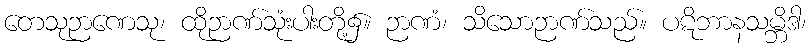
တေသုဉာဏေသု၊ ထိုဉာဏ်သုံးပါးတို့၌။ ဉာဏံ၊ သိသောဉာဏ်သည်။ ပဋိဘာနသမ္ဘိဒါ၊